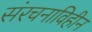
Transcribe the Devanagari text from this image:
संरचनाविहीन